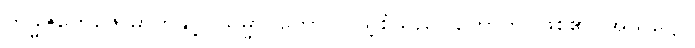
ကမ္မဇတေဇောဓာတ်နှင့်။ သမ္မာဂတော၊ ပြည့်စုံသည်။ ဟောတိ၊ ဖြစ်၏။ အသဋ္ဌော၊